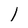
Character: l